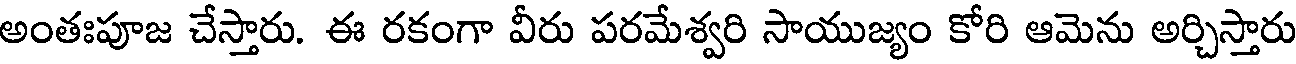
అంతఃపూజ చేస్తారు. ఈ రకంగా వీరు పరమేశ్వరి సాయుజ్యం కోరి ఆమెను అర్చిస్తారు